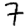
Digit: 7